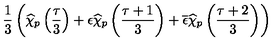
\frac { 1 } { 3 } \left( \widehat { \chi } _ { p } \left( \frac { \tau } { 3 } \right) + \epsilon \widehat { \chi } _ { p } \left( \frac { \tau + 1 } { 3 } \right) + \overline { { \epsilon } } \widehat { \chi } _ { p } \left( \frac { \tau + 2 } { 3 } \right) \right)